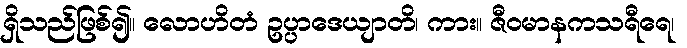
ရှိသည်ဖြစ်၍။ လောဟိတံ ဥပ္ပာဒေယျာတိ၊ ကား။ ဇီဝမာနကသရီရေ၊